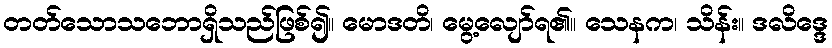
တတ်သောသဘောရှိသည်ဖြစ်၍။ မောဒတိ၊ မွေ့လျော်ရ၏။ သေနက၊ သိန်း။ ဒလိဒ္ဒေ